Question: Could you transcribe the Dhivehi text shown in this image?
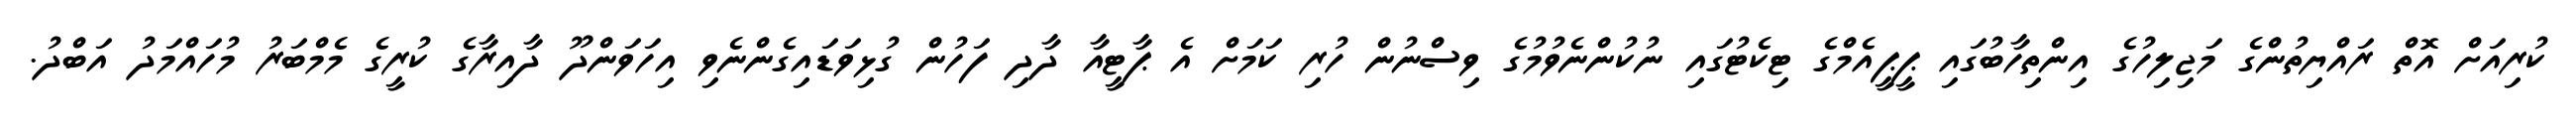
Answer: ކުރިއަށް އޮތް ރައްޔިތުންގެ މަޖިލިހުގެ އިންތިހާބުގައި ޕީޕީއެމްގެ ޓިކެޓުގައި ނުކުންނެވުމުގެ ވިސްނުން ހުރި ކަމަށް އެ ޕާޓީއާ ދާދި ފަހުން ގުޅިވަޑައިގެންނެވި އިހަވަންދޫ ދާއިރާގެ ކުރީގެ މެމްބަރު މުހައްމަދު އަބްދު.